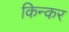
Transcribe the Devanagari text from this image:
किन्कर